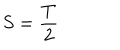
S = \frac T 2